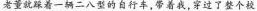
老董就就踩着一辆二八型的自行车，带着我，穿过了整个校